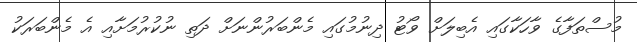
މުސްތަފާގެ ވާހަކާގައި އެބިލަށް ވޯޓު ދިނުމުގައި މެންބަރުންނަށް ދަތި ނުކުރުމަށާއި އެ މެންބަރަކު